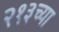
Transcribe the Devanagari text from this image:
२१३च्या